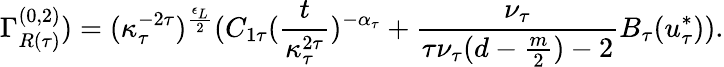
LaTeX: \Gamma_{R(\tau)}^{(0,2)})=(\kappa_{\tau}^{-2\tau})^{\frac{\epsilon_{L}}{2}}(C_{1\tau}(\frac{t}{\kappa_{\tau}^{2\tau}})^{-\alpha_{\tau}}+\frac{\nu_{\tau}}{\tau\nu_{\tau}(d-\frac{m}{2})-2}B_{\tau}(u_{\tau}^{*})).